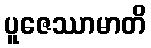
ပူဇေဿာမာတိ